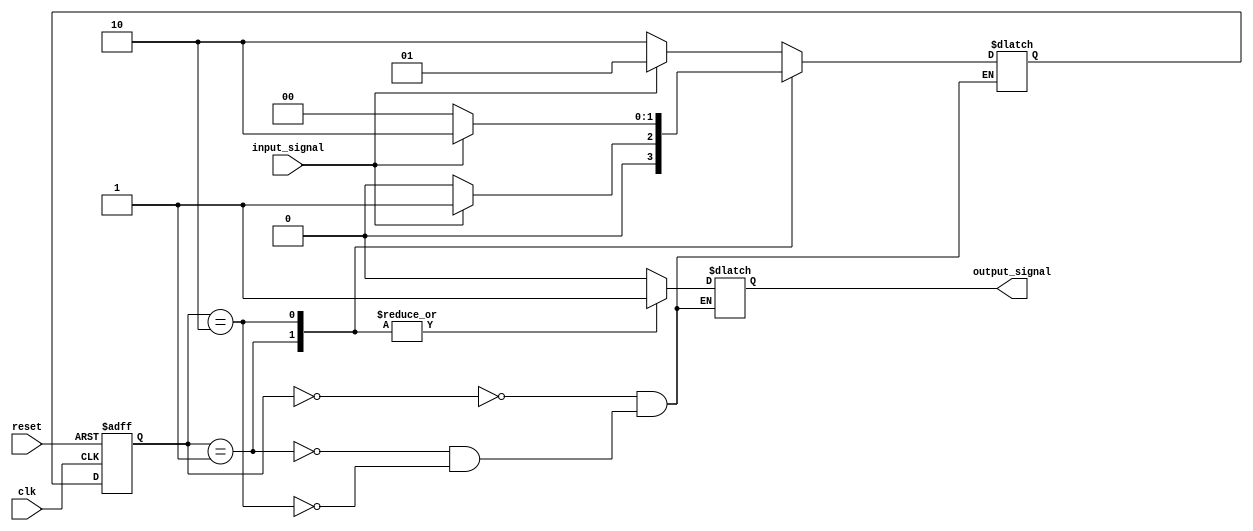
module mealy_state_machine (
    input clk,
    input reset,
    input input_signal,
    output reg output_signal
);

// Define states
parameter stateA = 2'b00;
parameter stateB = 2'b01;
parameter stateC = 2'b10;

// Define state register
reg [1:0] current_state;
reg [1:0] next_state;

// Define output logic
always @ (current_state or input_signal)
begin
    case (current_state)
        stateA: begin
            next_state = (input_signal) ? stateB : stateC;
            output_signal = 1'b0;
        end
        stateB: begin
            next_state = (input_signal) ? stateB : stateA;
            output_signal = 1'b1;
        end
        stateC: begin
            next_state = (input_signal) ? stateC : stateA;
            output_signal = 1'b1;
        end
    endcase
end

// State transition logic
always @ (posedge clk or posedge reset)
begin
    if (reset)
        current_state <= stateA;
    else
        current_state <= next_state;
end

endmodule